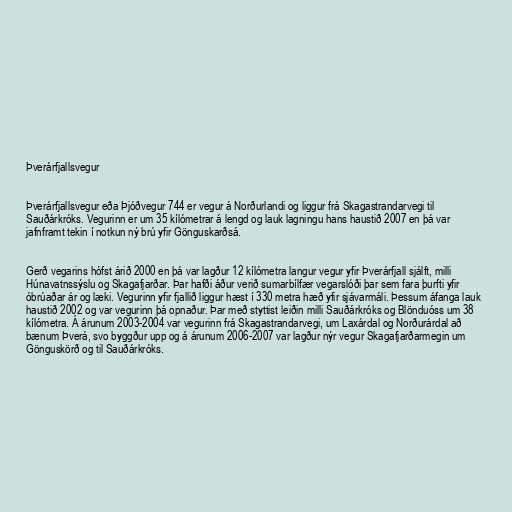
Þverárfjallsvegur

Þverárfjallsvegur eða Þjóðvegur 744 er vegur á Norðurlandi og liggur frá Skagastrandarvegi til
Sauðárkróks. Vegurinn er um 35 kílómetrar á lengd og lauk lagningu hans haustið 2007 en þá var
jafnframt tekin í notkun ný brú yfir Gönguskarðsá.

Gerð vegarins hófst árið 2000 en þá var lagður 12 kílómetra langur vegur yfir Þverárfjall sjálft, milli
Húnavatnssýslu og Skagafjarðar. Þar hafði áður verið sumarbílfær vegarslóði þar sem fara þurfti yfir
óbrúaðar ár og læki. Vegurinn yfir fjallið liggur hæst í 330 metra hæð yfir sjávarmáli. Þessum áfanga lauk
haustið 2002 og var vegurinn þá opnaður. Þar með styttist leiðin milli Sauðárkróks og Blönduóss um 38
kílómetra. Á árunum 2003-2004 var vegurinn frá Skagastrandarvegi, um Laxárdal og Norðurárdal að
bænum Þverá, svo byggður upp og á árunum 2006-2007 var lagður nýr vegur Skagafjarðarmegin um
Gönguskörð og til Sauðárkróks.